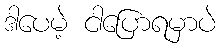
ဒါပေမဲ့ ငါပြောရမှာပဲ